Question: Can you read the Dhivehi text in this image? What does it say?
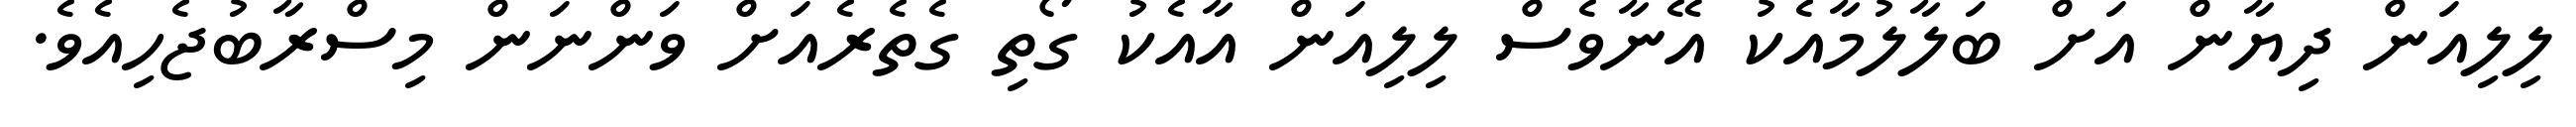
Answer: ލިލިއަން ދިޔާން އަށް ބަލާލުމާއެކު އޭނާވެސް ލިލިއަން އާއެކު ގޯތި ގެތެރެއަށް ވަންނަން މިސްރާބުޖެހިއެވެ.